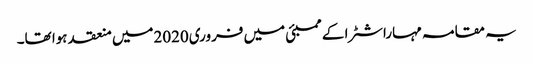
یہ مقامہ مہاراشٹرا کے ممبئی میں فروری2020میں منعقد ہوا تھا۔